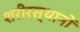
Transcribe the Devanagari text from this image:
शरीरस्थानों